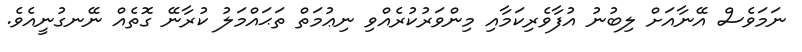
ނަމަވެސް އޭނާއަށް ލިބުނު އުފާވެރިކަމާއި މިންވަރުކުރެއްވި ނިޢުމަތް ތަޙައްމަލު ކުރާނޭ ގޮތެއް ނޭނގުނީއެވެ.